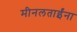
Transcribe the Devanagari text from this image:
मीनलताईंना